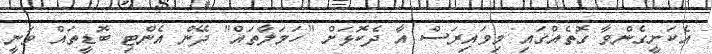
އެކަށީގެންވާ ގޮތެއްގައި މިވައިރަސް އާ ދެކޮޅަށް "ހަމަލާތައް" ދޭން އެންޓި ބޮޑީތައް ވަނީ